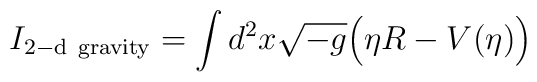
I_{\rm 2-d~gravity} = \int d^2x \sqrt{-g} \Big(\eta R - V (\eta)\Big)